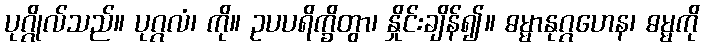
ပုဂ္ဂိုလ်သည်။ ပုဂ္ဂလံ၊ ကို။ ဥပပရိက္ခိတွာ၊ နှိုင်းချိန်၍။ ဓမ္မာနုဂ္ဂဟေန၊ ဓမ္မကို